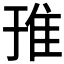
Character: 𨾌